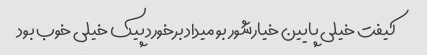
کیفت خیلی پایین خیارشور بو میداد برخورد پیک خیلی خوب بود